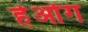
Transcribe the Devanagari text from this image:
हेओंग